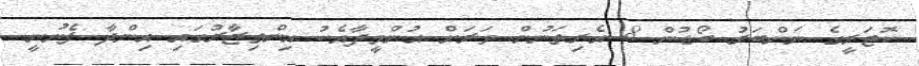
ކޮޓަރީގެ ނަންބަރު ބޯޑުން 8 އެރިތަނުން ވަރަށް އުންމީދާއެކު އިންތިޒާރުގައި އިންދާ ފެނުނީ